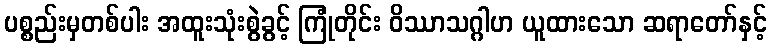
ပစ္စည်းမှတစ်ပါး အထူးသုံးစွဲခွင့် ကြုံတိုင်း ဝိဿာသဂ္ဂါဟ ယူထားသော ဆရာတော်နှင့်